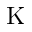
\mathrm { K }